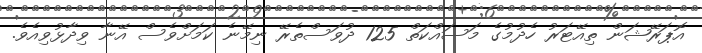
އޮޕަރޭޝަން ތިއޭޓަރު ހެދުމުގެ މަސައްކަތް 125 ދުވަސްތެރޭ ނިމޭނެ ކަމަށްވެސް އޭނާ ވިދާޅުވިއެވެ.